Civil Veterinary Department. Central Provinces & Berar 1925-31 - 1925-1931
Year: 1925
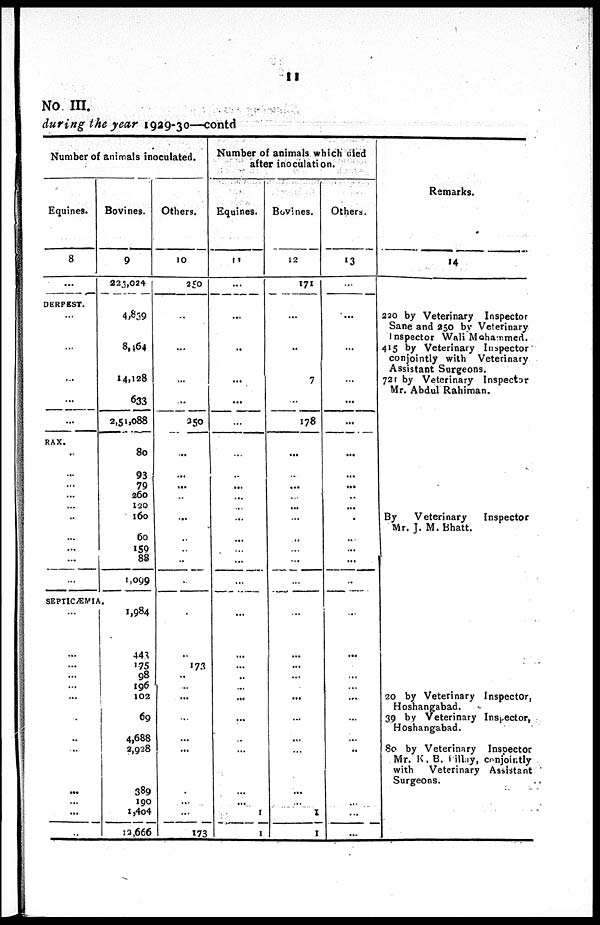
11
No III.
during the year 1929-30—contd
Number of animals inoculated.
Equines.
8
...
DERPEST.
...
...
...
...
...
RAX.
..
...
...
...
...
...
... ...
...
...
...
SEPTICÆMIA.
...
...
...
...
...
...
...
...
...
...
...
...
Bovines.
9
223,024
4,839
8,464
14,128
633
2,51,088
80
93
79
260
120
l60
60
159
88
1,099
1,984
443
175
98
196
102
69
4,688
2,928
389
190
1,404
12,666
Others.
10
250
...
...
...
...
250
...
...
...
...
...
...
...
...
...
...
...
...
173
..
..
...
...
...
.
...
...
173
Number of animals which died
after inoculation.
Equines.
11
...
...
..
...
...
...
...
...
...
...
...
...
...
...
...
...
...
...
...
...
...
...
..
...
...
...
1
1
Bovines.
12
171
...
..
7
...
178
...
...
...
...
...
...
..
...
...
...
...
...
...
...
...
...
...
...
...
1
1
Others.
13
...
...
...
...
...
...
...
...
...
...
...
.
...
...
...
...
...
...
...
...
...
...
...
..
...
...
...
...
Remarks.
14
220 by Veterinary Inspector
Sane and 250 by Veterinary
Inspector Wali Mohammed.
415 by Veterinary Inspector
conjointly with Veterinary
Assistant Surgeons.
721 by Veterinary Inspector
Mr. Abdul Rahiman.
By
Veterinary
Inspector
Mr. J. M. Bhatt.
20 by Veterinary Inspector,
Hoshangabad.
39 by Veterinary Inspector,
Hoshangabad.
80 by Veterinary Inspector
Mr. K. B. pillay, conjointly
with
Veterinary Assistant
Surgeons.